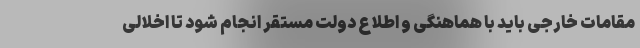
مقامات خارجی باید با هماهنگی و اطلاع دولت مستقر انجام شود تا اخلالی